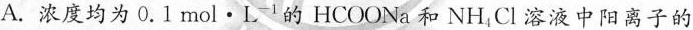
A.浓度均为0.1mol·L^{-1}的HCOONa和NH_{4}Cl溶液中阳离子的